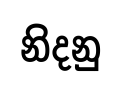
නිදනු